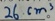
2 6 c m ^ { 3 } 。